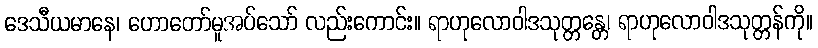
ဒေသီယမာနေ၊ ဟောတော်မူအပ်သော် လည်းကောင်း။ ရာဟုလောဝါဒသုတ္တန္တေ၊ ရာဟုလောဝါဒသုတ္တန်ကို။